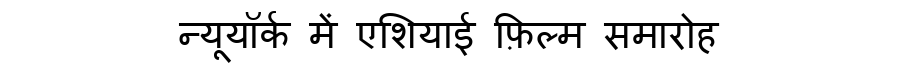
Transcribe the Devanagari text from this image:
न्यूयॉर्क में एशियाई फ़िल्म समारोह